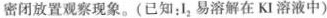
密闭放置观察现象。(已知：I_{2}易溶解在KI溶液中)